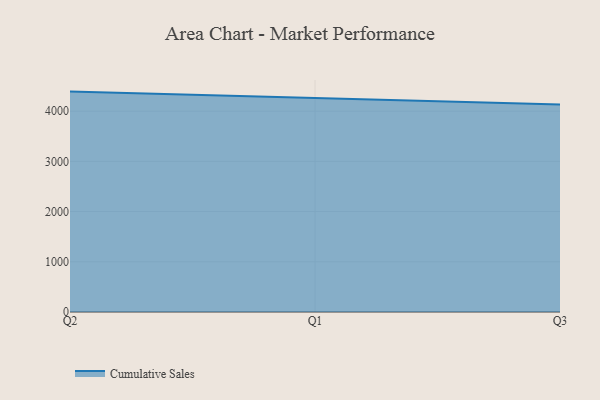
{"axis": {"x": "Quarter", "y": "Temperature (°C)"}, "legend": ["Cumulative Sales"], "data": [{"x": "Q2", "y": 4388.9, "type": "Cumulative Sales"}, {"x": "Q1", "y": 4267.9, "type": "Cumulative Sales"}, {"x": "Q3", "y": 4132.4, "type": "Cumulative Sales"}]}